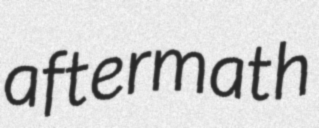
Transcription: aftermath